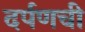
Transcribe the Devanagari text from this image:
दर्पणची